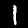
Digit: 1